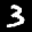
Label: 3